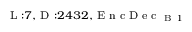
_ { \textrm { L } : 7 , \textrm { D } : 2 4 3 2 , \textrm { E n c D e c } _ { \textrm { B } 1 } }